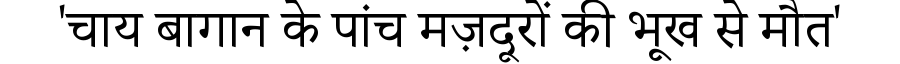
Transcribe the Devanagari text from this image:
'चाय बागान के पांच मज़दूरों की भूख से मौत'